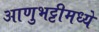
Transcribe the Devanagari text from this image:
आणुभट्टीमध्ये